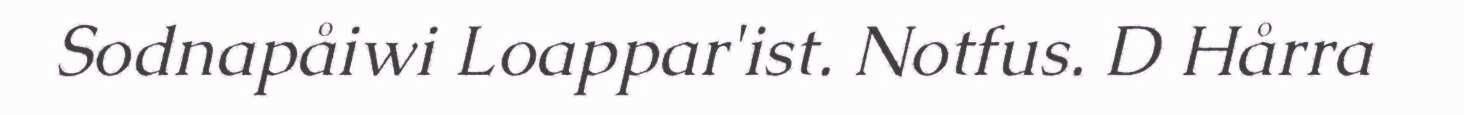
Sodnapåiwi Loappar'ist. Notfus. D Hårra